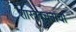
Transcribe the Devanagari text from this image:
शास्त्रवचनांचा